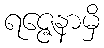
ရဇ္ဇေနာမှိ